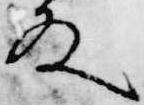
殿